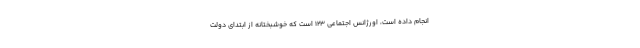
انجام داده است، اورژانس اجتماعی ۱۲۳ است که خوشبختانه از ابتدای دولت